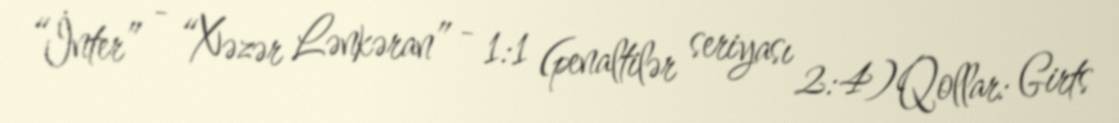
“İnter” - “Xəzər Lənkəran” - 1:1 (penaltilər seriyası 2:4)Qollar: Girts